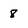
Character: 8